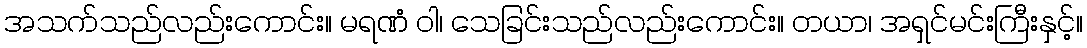
အသက်သည်လည်းကောင်း။ မရဏံ ဝါ၊ သေခြင်းသည်လည်းကောင်း။ တယာ၊ အရှင်မင်းကြီးနှင့်။